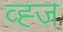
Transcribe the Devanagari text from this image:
व्ह्ज